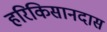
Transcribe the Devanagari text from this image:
हरिकिसानदास